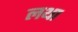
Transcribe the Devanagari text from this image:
लथा